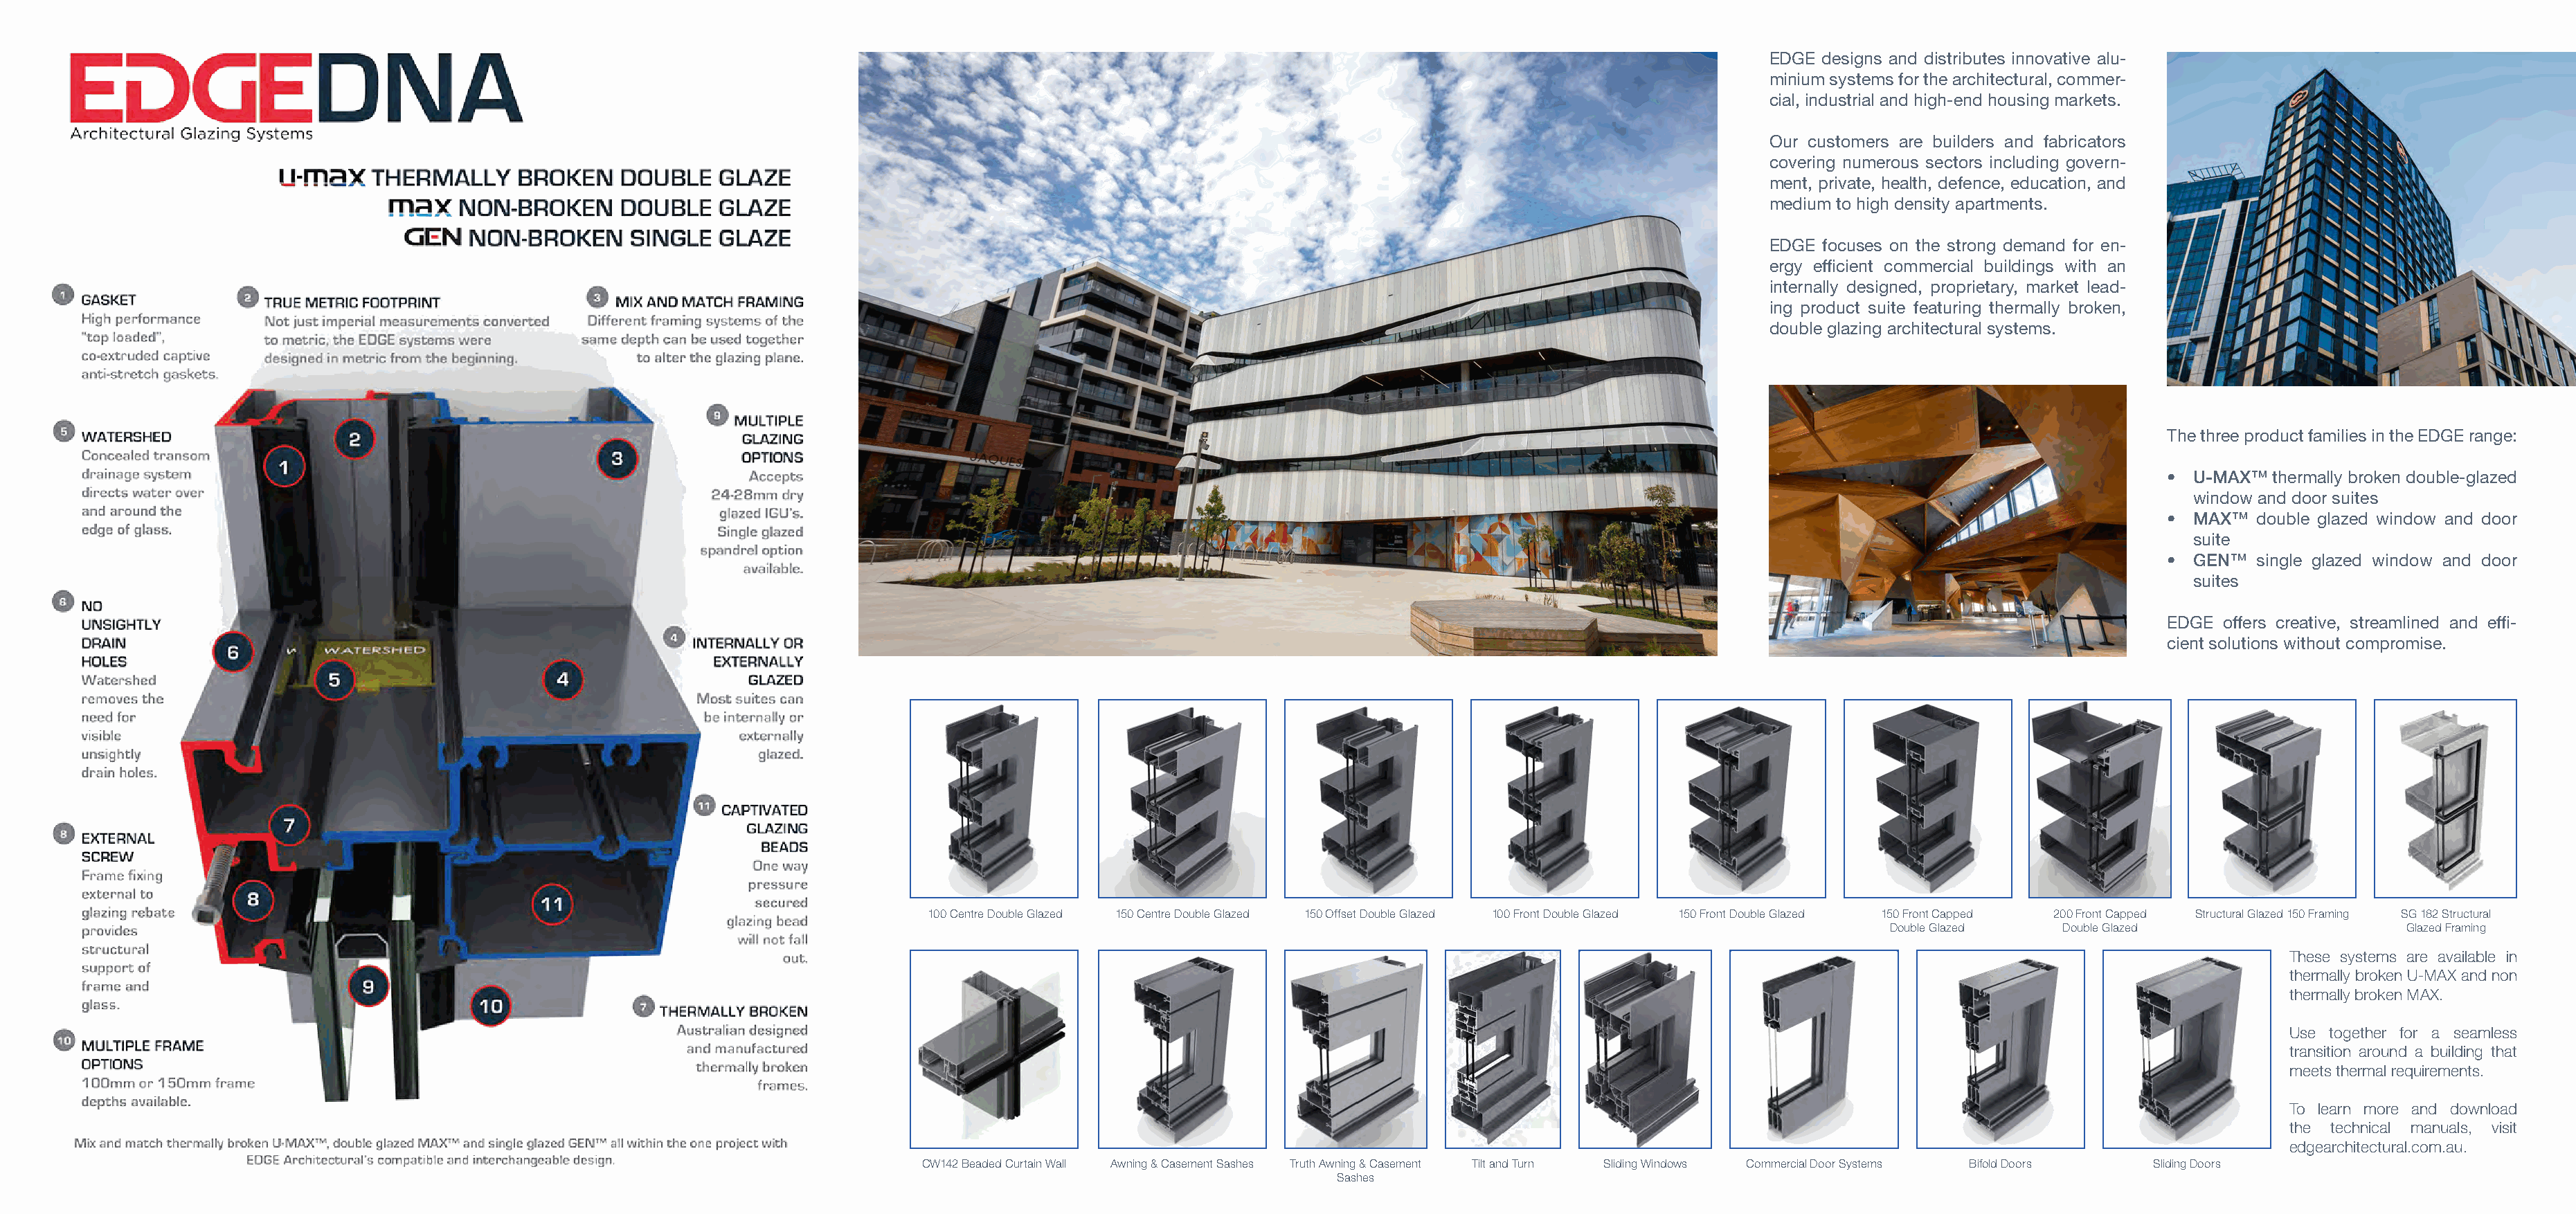
EDGE designs and distributes innovative alu-
 minium systems for the architectural, commer-
 cial, industrial and high-end housing markets.
 Our customers are builders and fabricators
 covering numerous sectors including govern-
 ment, private, health, defence, education, and
 medium to high density apartments.
 EDGE focuses on the strong demand for en-
 ergy efficient commercial buildings with an
 internally designed, proprietary, market lead-
 ing product suite featuring thermally broken,
 double glazing architectural systems.
 The three product families in the EDGE range:
 •  U-MAX™ thermally broken double-glazed
 window and door suites
 •  MAX™  double glazed window and door
 suite
 •  GEN™  single glazed window and door
 suites
 EDGE  offers creative, streamlined and effi-
 cient solutions without compromise.
 100 Centre Double Glazed 150 Centre Double Glazed 150 Offset Double Glazed 100 Front Double Glazed 150 Front Double Glazed 150 Front Capped 200 Front Capped Structural Glazed 150 Framing SG 182 Structural
 Double Glazed   Double Glazed                    Glazed Framing
 These systems are available in
 thermally broken U-MAX and non
 thermally broken MAX.
 Use together for a seamless
 transition around a building that
 meets thermal requirements.
 To learn more and download
 the technical manuals, visit
 edgearchitectural.com.au.
 CW142 Beaded Curtain Wall Awning & Casement Sashes Truth Awning & Casement Tilt and Turn Sliding Windows Commercial Door Systems Bifold Doors Sliding Doors
 Sashes